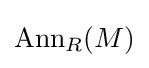
\operatorname {Ann} _{R}(M)